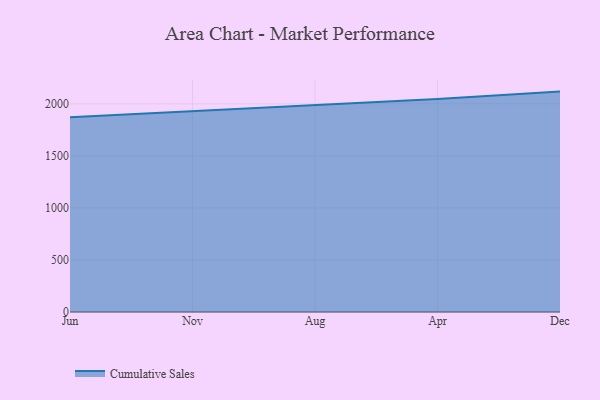
{"axis": {"x": "Month", "y": "Active Users"}, "legend": ["Cumulative Sales"], "data": [{"x": "Jun", "y": 1871.6, "type": "Cumulative Sales"}, {"x": "Nov", "y": 1927.9, "type": "Cumulative Sales"}, {"x": "Aug", "y": 1989.8, "type": "Cumulative Sales"}, {"x": "Apr", "y": 2046.4, "type": "Cumulative Sales"}, {"x": "Dec", "y": 2117.6, "type": "Cumulative Sales"}]}